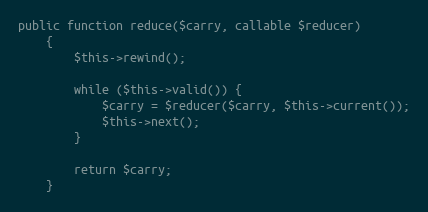
Language: PHP
public function reduce($carry, callable $reducer)
    {
        $this->rewind();

        while ($this->valid()) {
            $carry = $reducer($carry, $this->current());
            $this->next();
        }

        return $carry;
    }